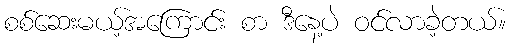
စစ်ဆေးမယ့်အကြောင်း စာ ဒီနေ့ပဲ ဝင်လာခဲ့တယ်။